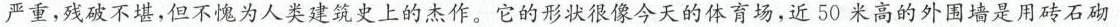
严重，残破不堪，但不愧为人类建筑史上的杰作。它的形状很像今天的体育场，近50米高的外围墙是用砖石砌